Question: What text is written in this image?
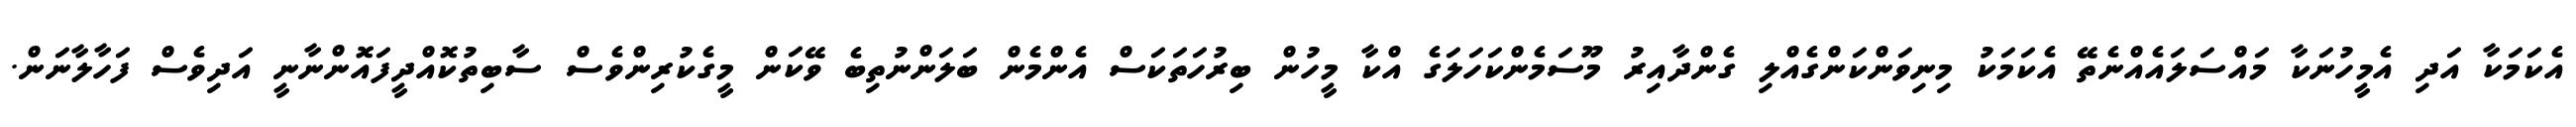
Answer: އެކަމަކާ އަދި އެމީހުނަކާ މައްސަލައެއްނެތޭ އެކަމަކު މިނިވަންކަންގެއްލި ގެންދާއިރު މޫސަމެންކަހަލަގެ އްކާ މީހުން ބިރުހަތަކަސް އެންމެން ބަލަންނުތިބެ ވޭކަން މީގެކުރިންވެސް ސާބިތުކޮއްދީފައޮންނާނީ އަދިވެސް ފަހާލާނަން.